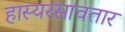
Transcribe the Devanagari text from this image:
हास्यरसावतार